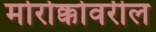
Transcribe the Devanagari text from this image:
मोरोक्कोवरील